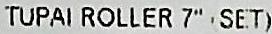
TUPAI ROLLER 7" (SET)